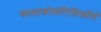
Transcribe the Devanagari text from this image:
फालाक्रोकोरैसिफॉर्म